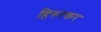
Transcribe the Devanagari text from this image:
हिरुरकर